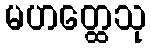
မဟတ္ထေသု